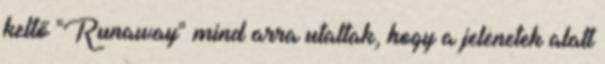
keltő "Runaway" mind arra utaltak, hogy a jelenetek alatt